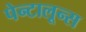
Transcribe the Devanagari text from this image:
पेन्टालून्स